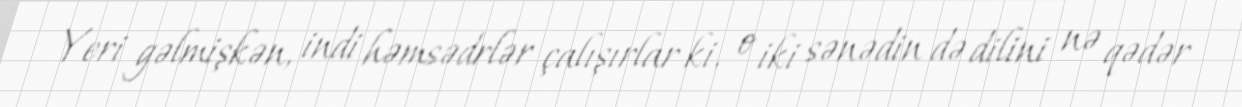
Yeri gəlmişkən, indi həmsədrlər çalışırlar ki, o iki sənədin də dilini nə qədər